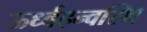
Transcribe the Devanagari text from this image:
ऊर्ध्वहन्वस्थि